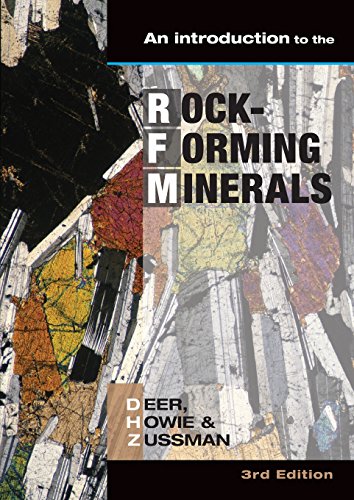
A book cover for Introduction to the Rock-Forming Minerals; W. a. Deer; Science & Math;